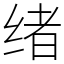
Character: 绪